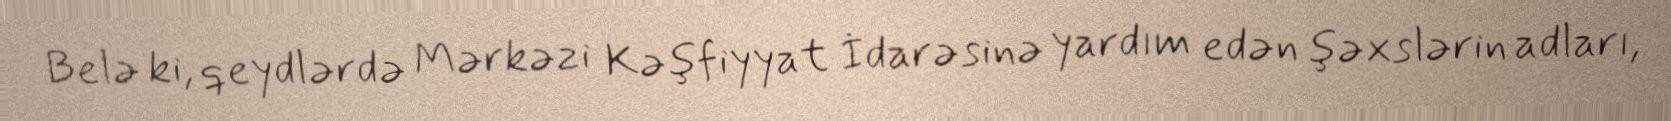
Belə ki, qeydlərdə Mərkəzi Kəşfiyyat İdarəsinə yardım edən şəxslərin adları,